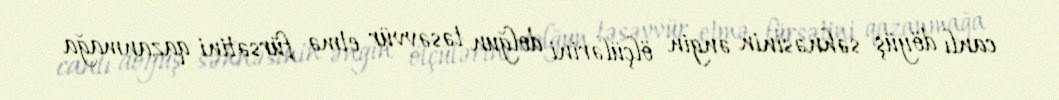
canlı döyüş səhnəsinin əngin ölçülərini dolğun təsəvvür etmə fürsətini qazanmağa